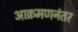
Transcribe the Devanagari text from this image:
आक्रमणनंतर